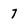
Character: 7